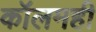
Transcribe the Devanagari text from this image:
कॉलमही